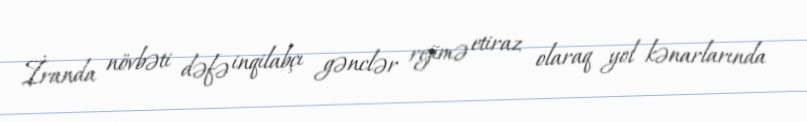
İranda növbəti dəfə inqilabçı gənclər rejimə etiraz olaraq yol kənarlarında